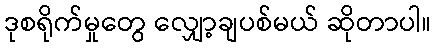
ဒုစရိုက်မှုတွေ လျှော့ချပစ်မယ် ဆိုတာပါ။